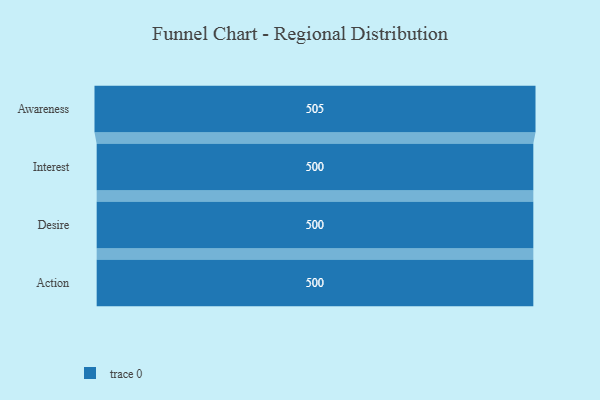
{"axis": {"x": "Stage", "y": "Value"}, "legend": [""], "data": [{"x": "Awareness", "y": 505.0, "type": ""}, {"x": "Interest", "y": 500, "type": ""}, {"x": "Desire", "y": 500, "type": ""}, {"x": "Action", "y": 500, "type": ""}]}